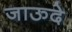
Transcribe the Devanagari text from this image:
जाऊदे